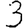
Digit: 3